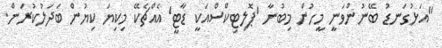
"އަޅުގަނޑު ބޭނުންވަނީ މީހުން މިބުނާ 'ޕޮލިޓިކްސްއަކީ ޑާޓީ' އެއްޗެކޭ މިކިޔަ ކިޔުން ބަދަލުކުރަން.